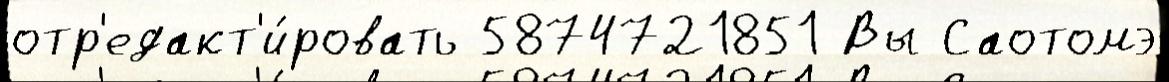
отр'едакт'и́ровать 5874721851 Вы Саотомэ